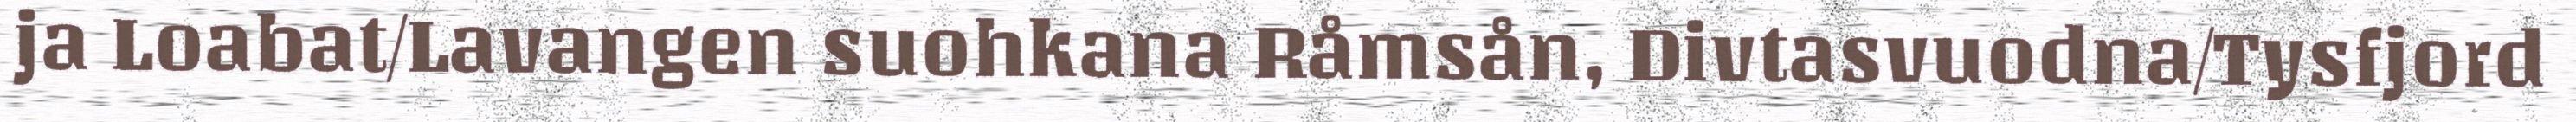
ja Loabat/Lavangen suohkana Råmsån, Divtasvuodna/Tysfjord